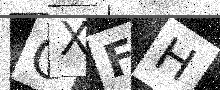
Text: OXFH